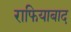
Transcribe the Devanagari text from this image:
राफियाबाद